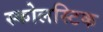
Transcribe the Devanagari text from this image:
स्कोलस्टिक